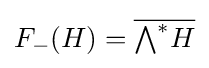
{\textstyle F_{-}(H)={\overline {{\bigwedge }^{*}H}}}